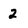
Character: 2